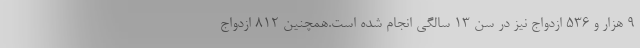
۹ هزار و ۵۳۶ ازدواج نیز در سن ۱۳ سالگی انجام شده است.همچنین ۸۱۲ ازدواج